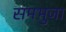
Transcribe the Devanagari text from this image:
समभुजा